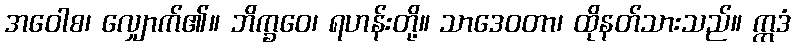
အဝေါစ၊ လျှောက်၏။ ဘိက္ခဝေ၊ ရဟန်းတို့။ သာဒေဝတာ၊ ထိုနတ်သားသည်။ ဣဒံ